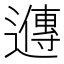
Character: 𬩘